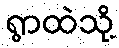
ရွာထဲသို့